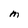
Character: M